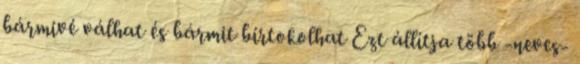
bármivé válhat és bármit bírtokolhat Ezt állítja több -neves-